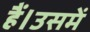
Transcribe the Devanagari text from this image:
हैं।उसमें